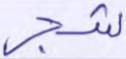
شجر